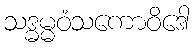
သဒ္ဓမ္မဝံသကောဝိဒေါ